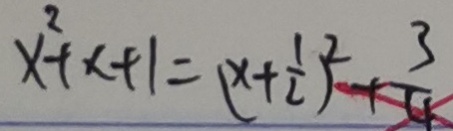
x ^ { 2 } + x + 1 = ( x + \frac { 1 } { 2 } ) ^ { 2 } + \frac { 3 } { 4 }